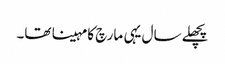
پچھلے سال یہی مارچ کا مہینا تھا۔